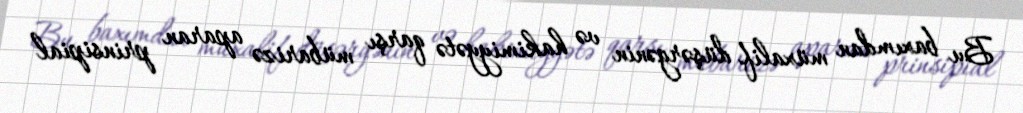
Bu baxımdan müxalif düşərgənin və hakimiyyətə qarşı mübarizə aparan prinsipial